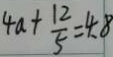
4 a + \frac { 1 2 } { 5 } = 4 . 8